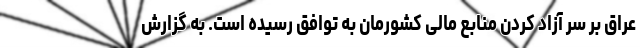
عراق بر سر آزاد کردن منابع مالی کشورمان به توافق رسیده است. به گزارش